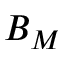
B _ { M }